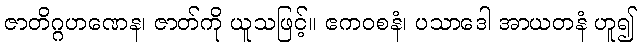
ဇာတိဂ္ဂဟဏေန၊ ဇာတ်ကို ယူသဖြင့်။ ဧကဝစနံ၊ ပသာဒေါ အာယတနံ ဟူ၍